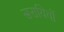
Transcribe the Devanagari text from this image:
सरायियों